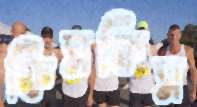
ফিসফিস